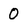
Character: 0